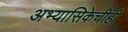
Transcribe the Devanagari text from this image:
अभ्यासिकेचीही